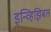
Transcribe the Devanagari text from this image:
इन्व्हिझिबल